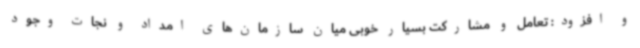
و افزود: تعامل و مشارکت بسیار خوبی میان سازمان‌های امداد و نجات وجود